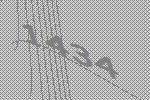
1434